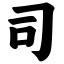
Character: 司